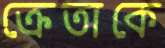
ক্রেতাকে